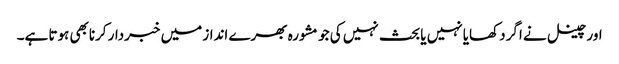
اور چینل نے اگر دکھایا نہیں یا بحث نہیں کی جو مشورہ بھرے انداز میں خبردار کرنابھی ہوتا ہے۔